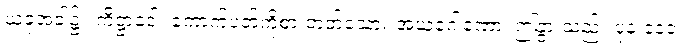
ယခုအခါ၌။ ကိဋ္ဌာဒေါ၊ ကောက်ပတ်ကိုစားတတ်သော။ အယံဂေါဏော၊ ဤနွားသည်။ ပုန ဒေဝ၊